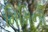
મિમિની